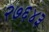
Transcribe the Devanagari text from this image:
२७६४३